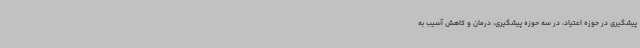
پیشگیری در حوزه اعتیاد، در سه حوزه پیشگیری، درمان و کاهش آسیب به